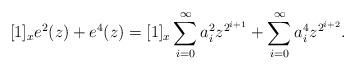
LaTeX: \begin{align*}[1]_xe^2(z)+e^4(z)=[1]_x\sum_{i=0}^\infty a_i^2z^{2^{i+1}}+\sum_{i=0}^\infty a_i^4 z^{2^{i+2}}.\end{align*}